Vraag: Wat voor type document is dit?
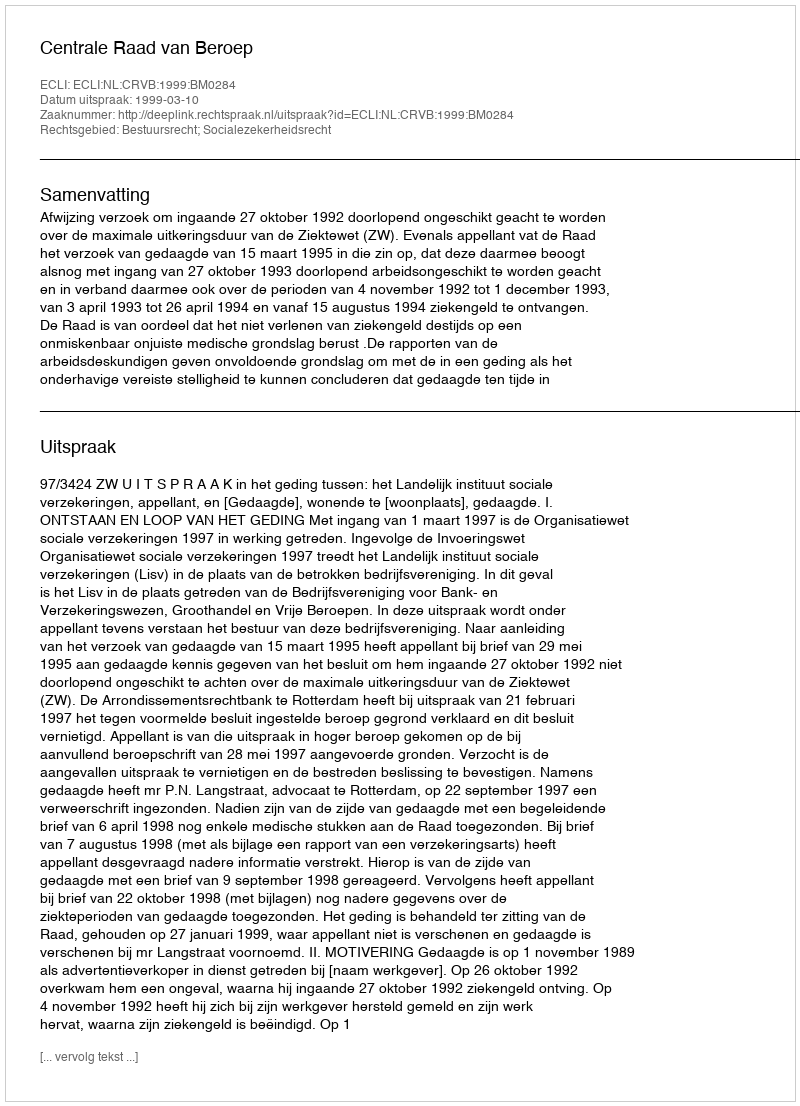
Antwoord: Uitspraak